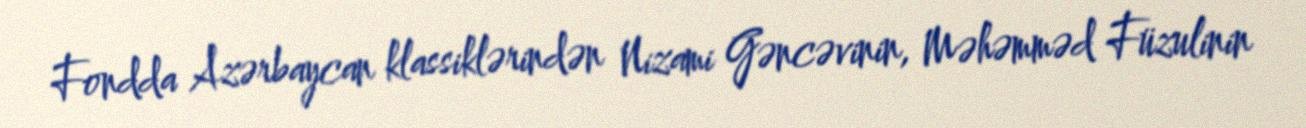
Fondda Azərbaycan klassiklərindən Nizami Gəncəvinin, Məhəmməd Füzulinin